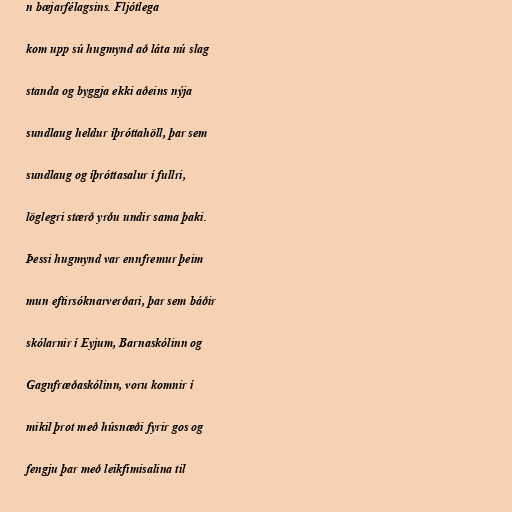
n bæjarfélagsins. Fljótlega

kom upp sú hugmynd að láta nú slag

standa og byggja ekki aðeins nýja

sundlaug heldur íþróttahöll, þar sem

sundlaug og íþróttasalur í fullri,

löglegri stærð yrðu undir sama þaki.

Þessi hugmynd var ennfremur þeim

mun eftirsóknarverðari, þar sem báðir

skólarnir í Eyjum, Barnaskólinn og

Gagnfræðaskólinn, voru komnir í

mikil þrot með húsnæði fyrir gos og

fengju þar með leikfimisalina til